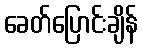
ခေတ်ပြောင်းချိန်